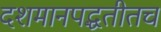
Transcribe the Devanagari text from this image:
दशमानपद्धतीतच